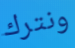
ونترك